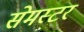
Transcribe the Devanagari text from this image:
सेमस्टर